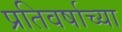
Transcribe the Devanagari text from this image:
प्रतिवर्षाच्या